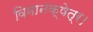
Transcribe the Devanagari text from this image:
विमानक्षेत्र।